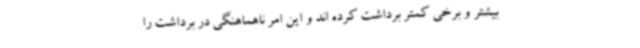
بیشتر و برخی کمتر برداشت کرده اند و این امر ناهماهنگی در برداشت را